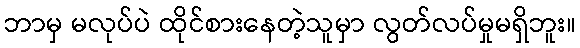
ဘာမှ မလုပ်ပဲ ထိုင်စားနေတဲ့သူမှာ လွတ်လပ်မှုမရှိဘူး။